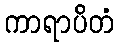
ကာရာပိတံ